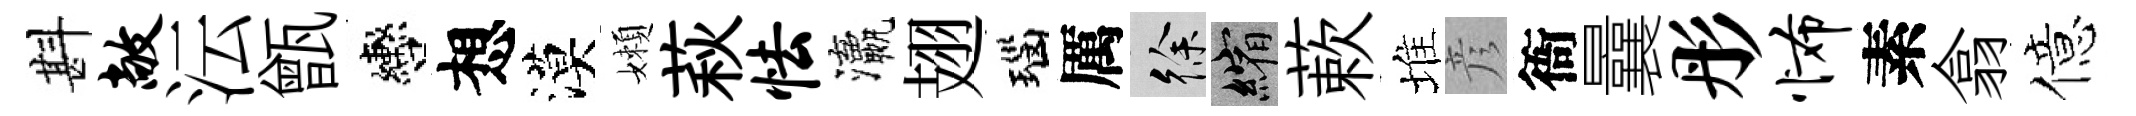
斟敞沄甑轡想漠嬾萩怯瀛翅瑙厲徐縮蔌堆彦衙曩彤怖素翕億